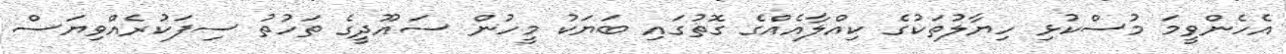
އެހެންވީމަ މުސްކުޅި ހިޔާލުތަކުގެ ކިއްލާއެއްގެ ގޮތުގައި ބަޔަކު މީހުން ސައޫދީގެ ތަހުތު ސިފަކުރެއްވިޔަސް